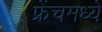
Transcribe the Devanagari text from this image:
फ्रेंचमध्ये